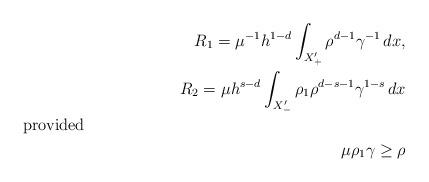
LaTeX: \begin{align*}R_1= \mu^{-1}h^{1-d} \int_{X'_+} \rho^{d-1}\gamma^{-1}\,dx , \\R_2= \mu h^{s-d}\int_{X'_-} \rho_1 \rho^{d-s-1}\gamma^{1-s}\,dx\shortintertext{provided}\mu \rho_1 \gamma \ge \rho\end{align*}